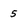
Character: 5